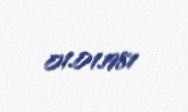
01.01.1981